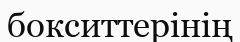
бокситтерінің